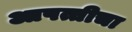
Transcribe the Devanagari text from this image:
आपत्तीचा